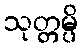
သုတ္တမ္ပိ